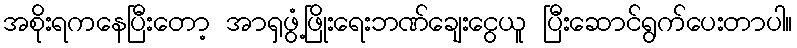
အစိုးရကနေပြီးတော့ အာရှဖွံ့ဖြိုးရေးဘဏ်ချေးငွေယူ ပြီးဆောင်ရွက်ပေးတာပါ။